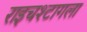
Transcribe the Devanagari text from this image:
राइचश्टागला